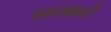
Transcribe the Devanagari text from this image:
सारकारें